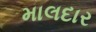
માલદાર